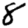
Digit: 8